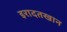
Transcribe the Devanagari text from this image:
इरादतखान